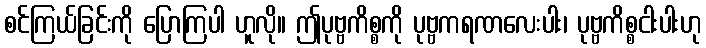
စင်ကြယ်ခြင်းကို ပြောကြပါ ဟူလို။ ဤပုဗ္ဗကိစ္စကို ပုဗ္ဗကရဏလေးပါး၊ ပုဗ္ဗကိစ္စငါးပါးဟု